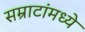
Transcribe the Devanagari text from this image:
सम्राटांमध्ये